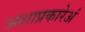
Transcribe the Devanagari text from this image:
अशाप्रकारेअं